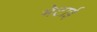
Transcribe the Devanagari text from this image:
भेटाई